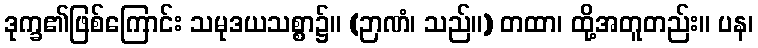
ဒုက္ခ၏ဖြစ်ကြောင်း သမုဒယသစ္စာ၌။ (ဉာဏံ၊ သည်။) တထာ၊ ထို့အတူတည်း။ ပန၊